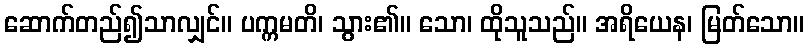
ဆောက်တည်၍သာလျှင်။ ပက္ကမတိ၊ သွား၏။ သော၊ ထိုသူသည်။ အရိယေန၊ မြတ်သော။